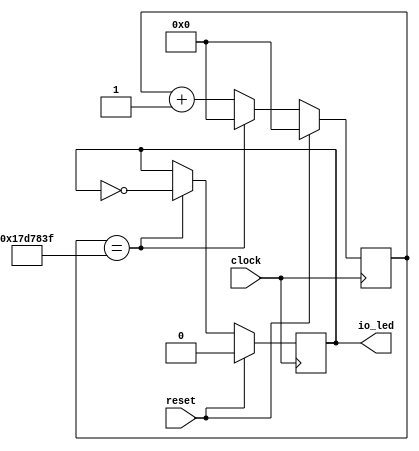
module LED(
  input   clock,
  input   reset,
  output  io_led
);
`ifdef RANDOMIZE_REG_INIT
  reg [31:0] _RAND_0;
  reg [31:0] _RAND_1;
`endif // RANDOMIZE_REG_INIT
  reg [31:0] cntReg; // @[LED.scala 13:26]
  reg  blkReg; // @[LED.scala 14:26]
  wire [31:0] _cntReg_T_1 = cntReg + 32'h1; // @[LED.scala 16:22]
  assign io_led = blkReg; // @[LED.scala 22:12]
  always @(posedge clock) begin
    if (reset) begin // @[LED.scala 13:26]
      cntReg <= 32'h0; // @[LED.scala 13:26]
    end else if (cntReg == 32'h17d783f) begin // @[LED.scala 17:32]
      cntReg <= 32'h0; // @[LED.scala 19:16]
    end else begin
      cntReg <= _cntReg_T_1; // @[LED.scala 16:12]
    end
    if (reset) begin // @[LED.scala 14:26]
      blkReg <= 1'h0; // @[LED.scala 14:26]
    end else if (cntReg == 32'h17d783f) begin // @[LED.scala 17:32]
      blkReg <= ~blkReg; // @[LED.scala 20:16]
    end
  end
// Register and memory initialization
`ifdef RANDOMIZE_GARBAGE_ASSIGN
`define RANDOMIZE
`endif
`ifdef RANDOMIZE_INVALID_ASSIGN
`define RANDOMIZE
`endif
`ifdef RANDOMIZE_REG_INIT
`define RANDOMIZE
`endif
`ifdef RANDOMIZE_MEM_INIT
`define RANDOMIZE
`endif
`ifndef RANDOM
`define RANDOM $random
`endif
`ifdef RANDOMIZE_MEM_INIT
  integer initvar;
`endif
`ifndef SYNTHESIS
`ifdef FIRRTL_BEFORE_INITIAL
`FIRRTL_BEFORE_INITIAL
`endif
initial begin
  `ifdef RANDOMIZE
    `ifdef INIT_RANDOM
      `INIT_RANDOM
    `endif
    `ifndef VERILATOR
      `ifdef RANDOMIZE_DELAY
        #`RANDOMIZE_DELAY begin end
      `else
        #0.002 begin end
      `endif
    `endif
`ifdef RANDOMIZE_REG_INIT
  _RAND_0 = {1{`RANDOM}};
  cntReg = _RAND_0[31:0];
  _RAND_1 = {1{`RANDOM}};
  blkReg = _RAND_1[0:0];
`endif // RANDOMIZE_REG_INIT
  `endif // RANDOMIZE
end // initial
`ifdef FIRRTL_AFTER_INITIAL
`FIRRTL_AFTER_INITIAL
`endif
`endif // SYNTHESIS
endmodule